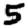
Digit: 5